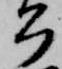
公